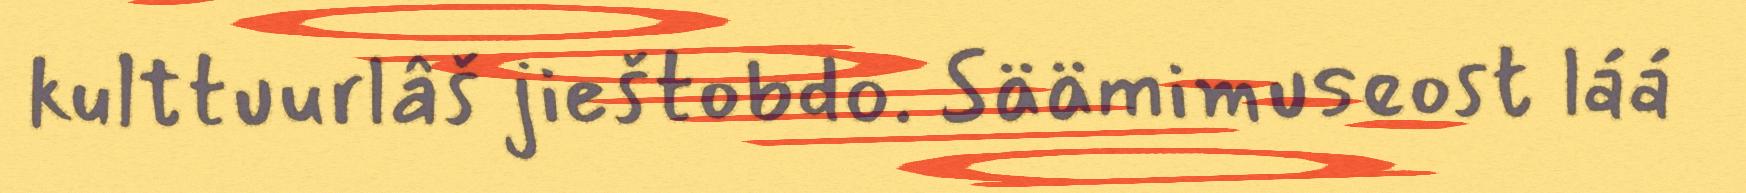
kulttuurlâš jieštobdo. Säämimuseost láá